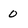
Character: O